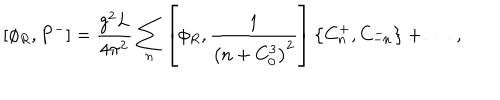
LaTeX: [ \phi _ { R } , P ^ { - } ] = { \frac { g ^ { 2 } L } { 4 \pi ^ { 2 } } } \sum _ { n } \left[ \phi _ { R } , { \frac { 1 } { \left( n + C _ { 0 } ^ { 3 } \right) ^ { 2 } } } \right] \left\{ C _ { n } ^ { + } , C _ { - n } ^ { - } \right\} + \dots \; ,